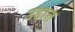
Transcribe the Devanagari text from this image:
उद्दात्त